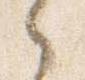
之